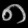
Digit: ၈